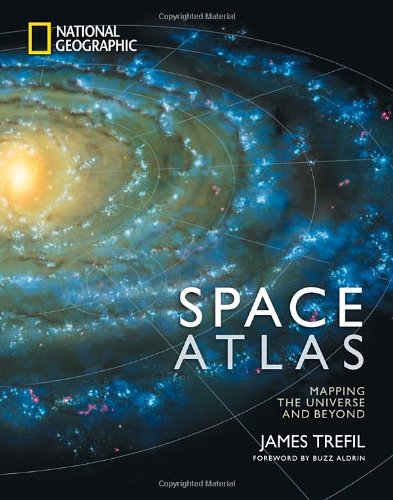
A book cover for Space Atlas: Mapping the Universe and Beyond; James Trefil; Science & Math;